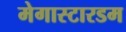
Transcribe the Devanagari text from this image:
मेगास्टारडम